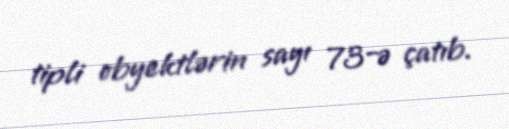
tipli obyektlərin sayı 73-ə çatıb.